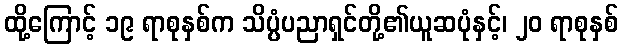
ထို့ကြောင့် ၁၉ ရာစုနှစ်က သိပ္ပံပညာရှင်တို့၏ယူဆပုံနှင့်၊ ၂၀ ရာစုနှစ်